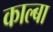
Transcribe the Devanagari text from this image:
काल्बा